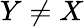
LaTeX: Y\neq X